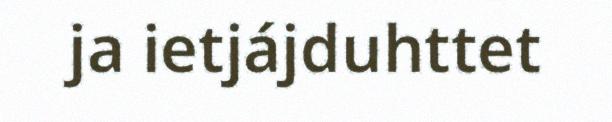
ja ietjájduhttet